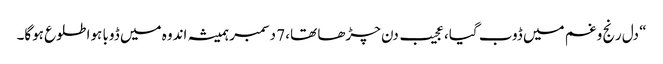
“ دل رنج و غم میں ڈوب گیا، عجیب دن چڑھا تھا، 7 دسمبر ہمیشہ اندوہ میں ڈوبا ہوا طلوع ہوگا۔